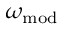
\omega _ { \mathrm { m o d } }